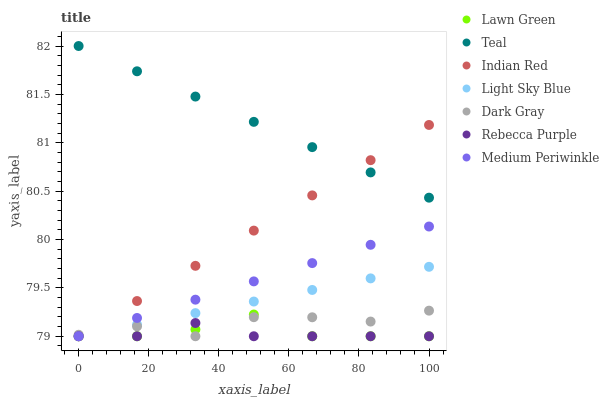
| xaxis_label | Lawn Green | Teal | Indian Red | Light Sky Blue | Dark Gray | Rebecca Purple | Medium Periwinkle |
 | --- | --- | --- | --- | --- | --- | --- | --- |
 | 0 | 79 | 82 | 79 | 79 | 79 | 79 | 79 |
 | 16.7 | 79 | 81.7 | 79.4 | 79.1 | 79.1 | 79 | 79.2 |
 | 33.3 | 79.1 | 81.5 | 79.7 | 79.2 | 79 | 79.1 | 79.4 |
 | 50 | 79.2 | 81.2 | 80.1 | 79.4 | 79.2 | 79 | 79.6 |
 | 66.7 | 79 | 81 | 80.5 | 79.5 | 79.2 | 79 | 79.8 |
 | 83.3 | 79 | 80.7 | 80.8 | 79.6 | 79.2 | 79 | 79.9 |
 | 100 | 79 | 80.4 | 81.2 | 79.7 | 79.3 | 79 | 80.1 |